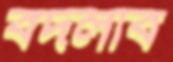
বদলাব